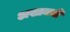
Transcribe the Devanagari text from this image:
अखामनी